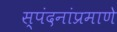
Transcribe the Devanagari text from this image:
स्पंदनांप्रमाणे